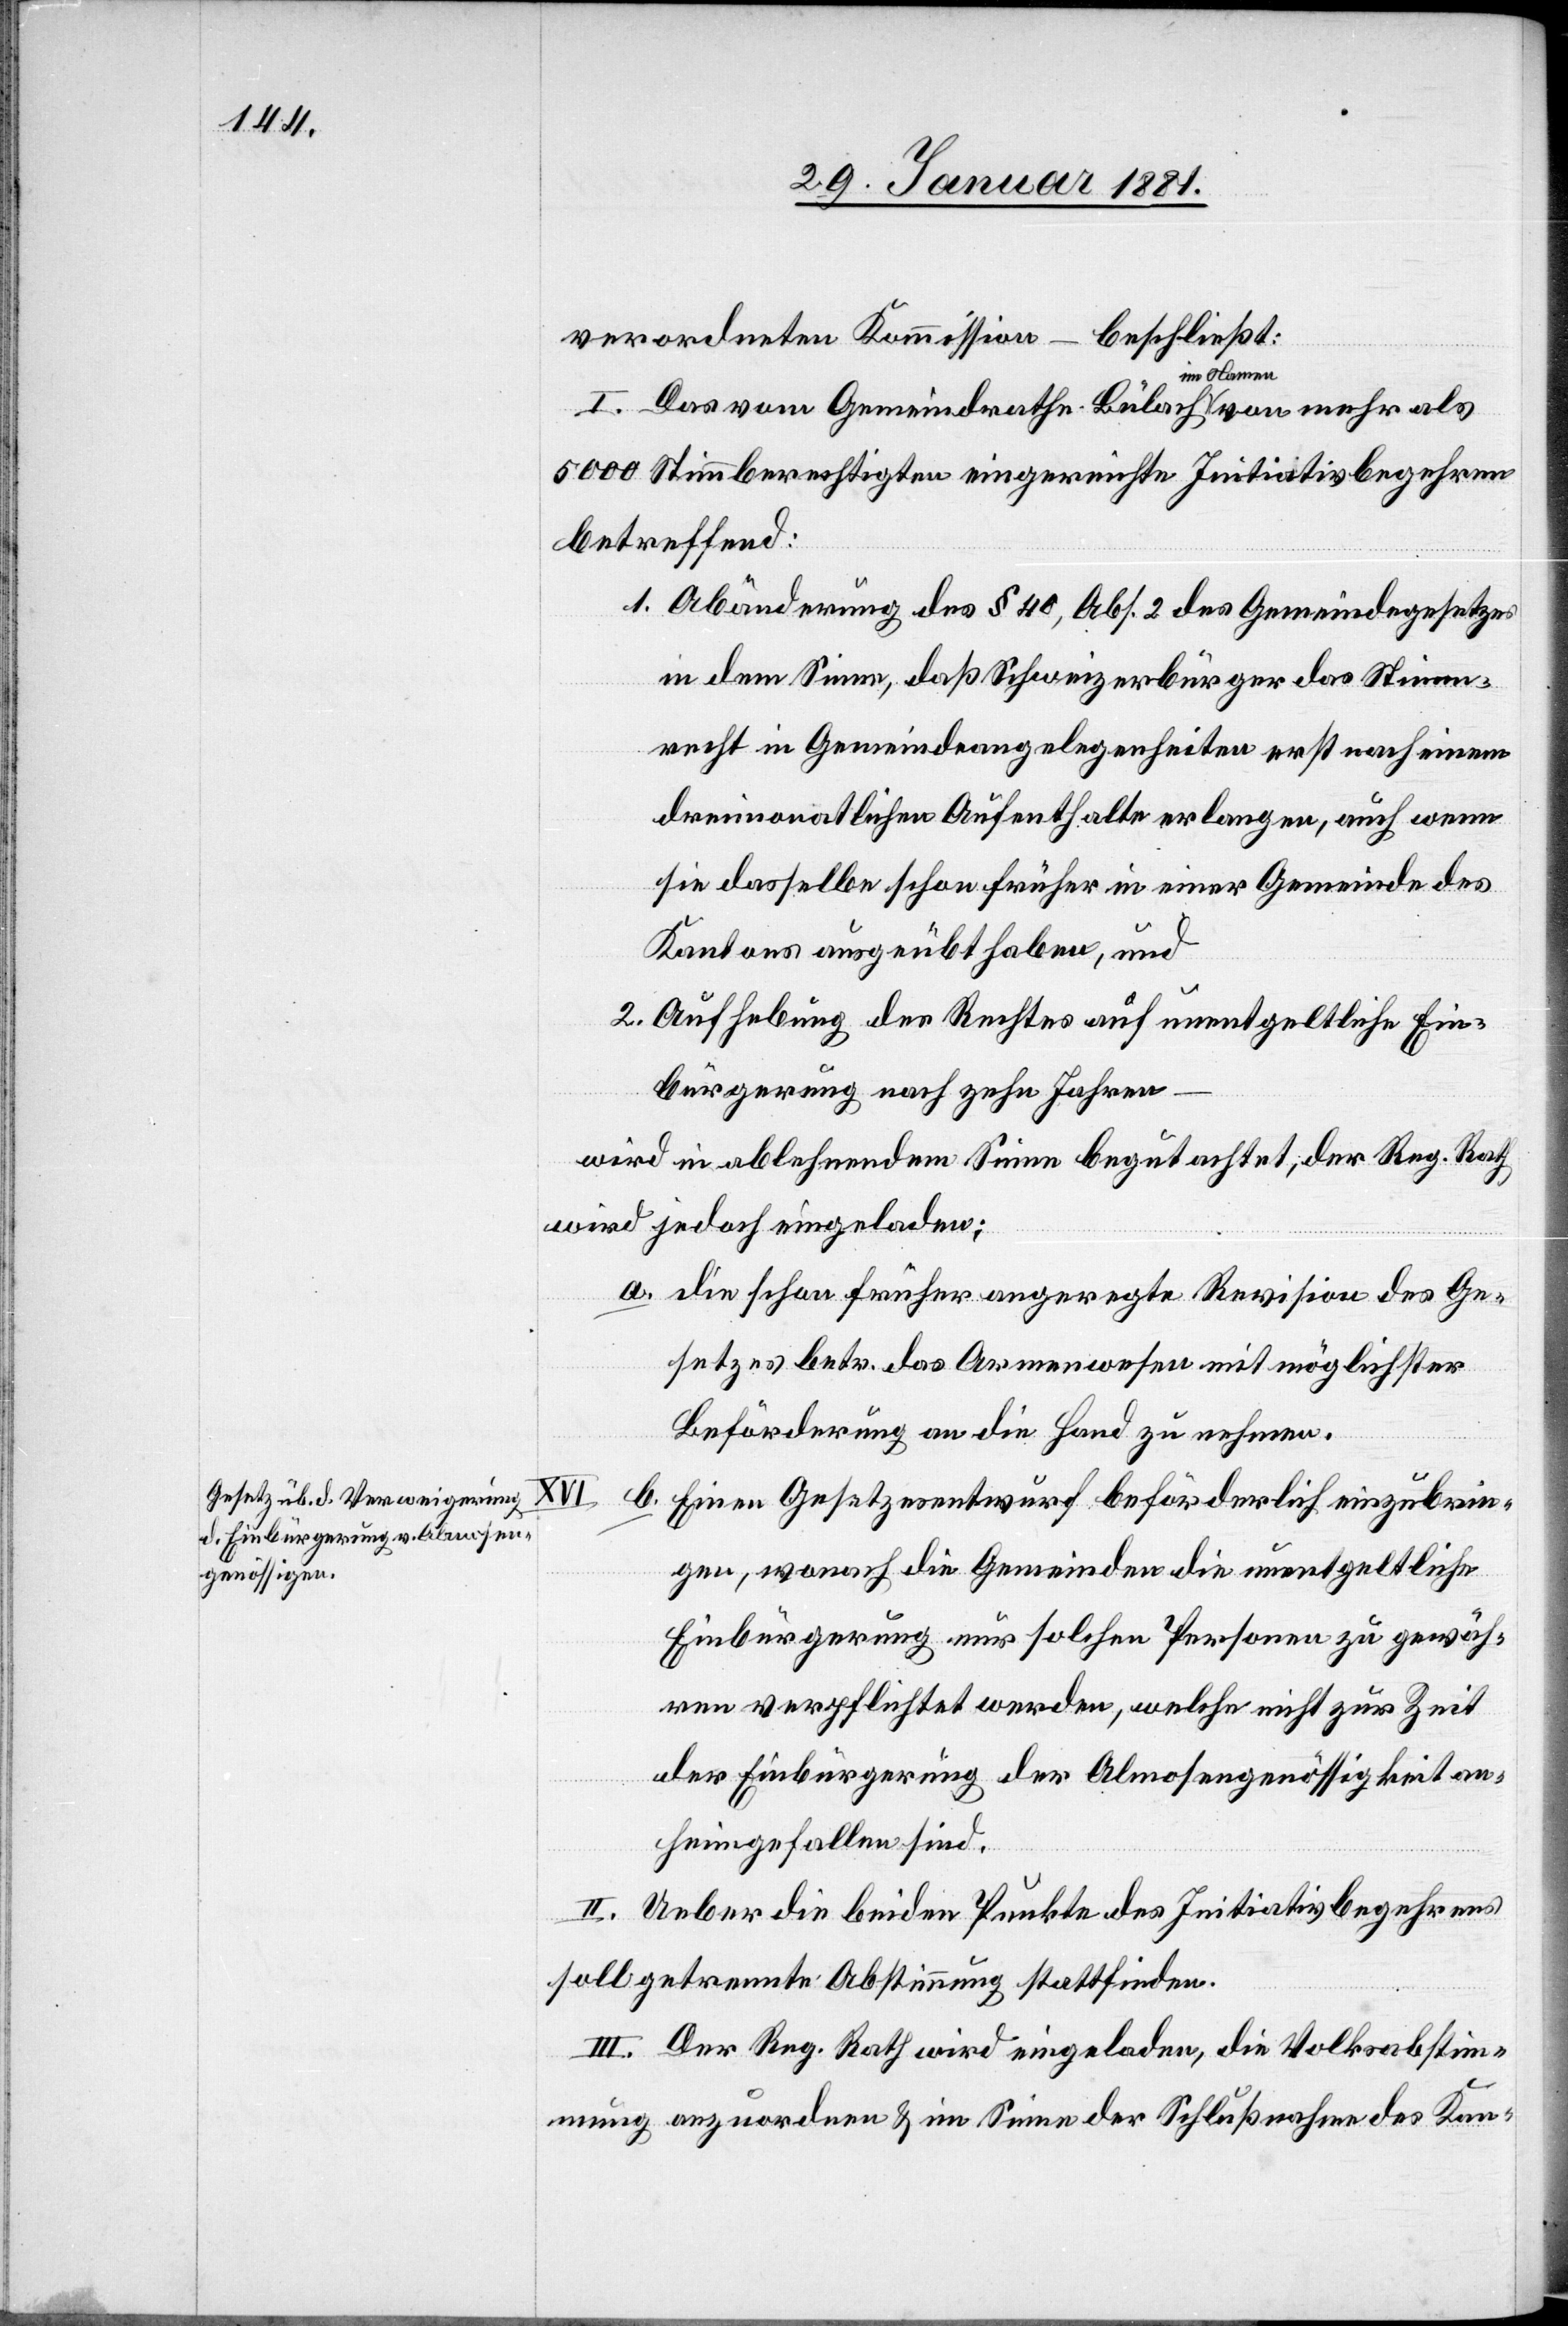
beschließt:
verordneten Kommission –
I. Das vom Gemeindrathe Bülach im Namen von mehr als
5000 Stimmberechtigten eingereichte Initiativbegehren
betreffend:
1. Abänderung des § 40, Abs. 2 des Gemeindegesetzes
in dem Sinne, daß Schweizerbürger das Stimm¬
recht in Gemeindeangelegenheiten erst nach einem
dreimonatlichen Aufenthalte erlangen, auch wenn
sie dasselbe schon früher in einer Gemeinde des
Kantons ausgeübt haben, und
2. Aufhebung des Rechtes auf unentgeltliche Ein¬
bürgerung nach zehn Jahren
wird in ablehnendem Sinne begutachtet, der Reg. Rath
wird jedoch eingeladen;
a. die schon früher angeregte Revision des Ge¬
setzes betr. das Armenwesen mit möglichster
Beförderung an die Hand zu nehmen.
25.
b. Einen Gesetzesentwurf beförderlich einzubrin¬
gen, wonach die Gemeinden die unentgeltliche
Einbürgerung nur solchen Personen zu gewäh¬
ren verpflichtet werden, welche nicht zur Zeit
der Einbürgerung der Almosengenössigkeit an¬
heimgefallen sind.
II. Ueber die beiden Punkte des Initiativbegehrens
soll getrennte Abstimmung stattfinden.
III. Der Reg. Rath wird eingeladen, die Volksabstim¬
mung anzuordnen & im Sinne der Schlußnahme des Kann-